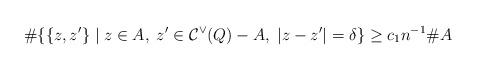
LaTeX: \begin{align*}\#\{ \{z, z'\} \mid z\in A,\; z'\in \mathcal{C}^\vee(Q)-A,\; |z-z'|=\delta \} \geq c_1 n^{-1}\#A\end{align*}